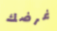
غرضك